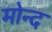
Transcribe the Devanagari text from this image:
मोन्‍द